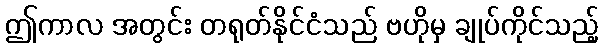
ဤကာလ အတွင်း တရုတ်နိုင်ငံသည် ဗဟိုမှ ချုပ်ကိုင်သည့်